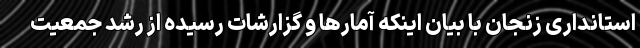
استانداری زنجان با بیان اینکه آمار‌ها و گزارشات رسیده از رشد جمعیت